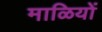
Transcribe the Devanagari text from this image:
माळियों